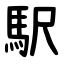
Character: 駅